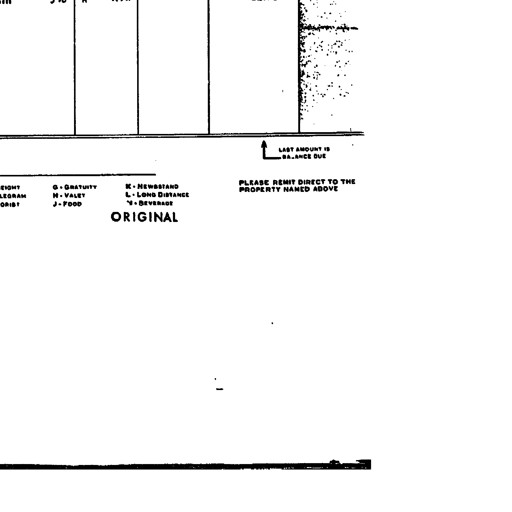
7 10 LAST AMOUNT IS BALANCE DUE PLEASE REMIT DIRECT TO THE PROPERTY NAMED ABOVE G-GRATUITY H-VALET J-FOOD K-NEWSSTAND L-LONG DISTANCE M-BEVERAGE ORIGINAL